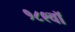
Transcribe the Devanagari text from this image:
१८९वॉ